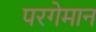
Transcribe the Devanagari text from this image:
परगेमान